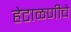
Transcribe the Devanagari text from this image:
हेटाळणीचे